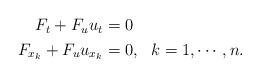
LaTeX: \begin{align*} \begin{aligned}F_t + F_u u_t &= 0 \\F_{x_k} + F_u u_{x_k} &=0, ~~ k=1, \cdots, n.\end{aligned}\end{align*}